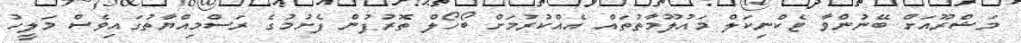
މަޝްރޫއަށް ބޭނުންވާ ޓެކްނިކަލް މައުލޫމާތުތައް އެއްކުރުމަށް ބޯހޯލް ތޮރުފުން ފެށުމުގެ ރަސްމިއްޔާތުގައިވެސް މަލީހު